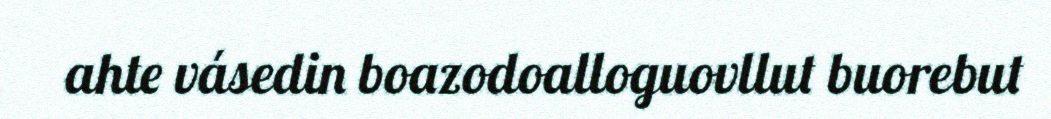
ahte vásedin boazodoalloguovllut buorebut